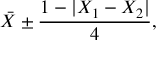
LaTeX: { \bar { X } } \pm { \frac { 1 - | X _ { 1 } - X _ { 2 } | } { 4 } } ,